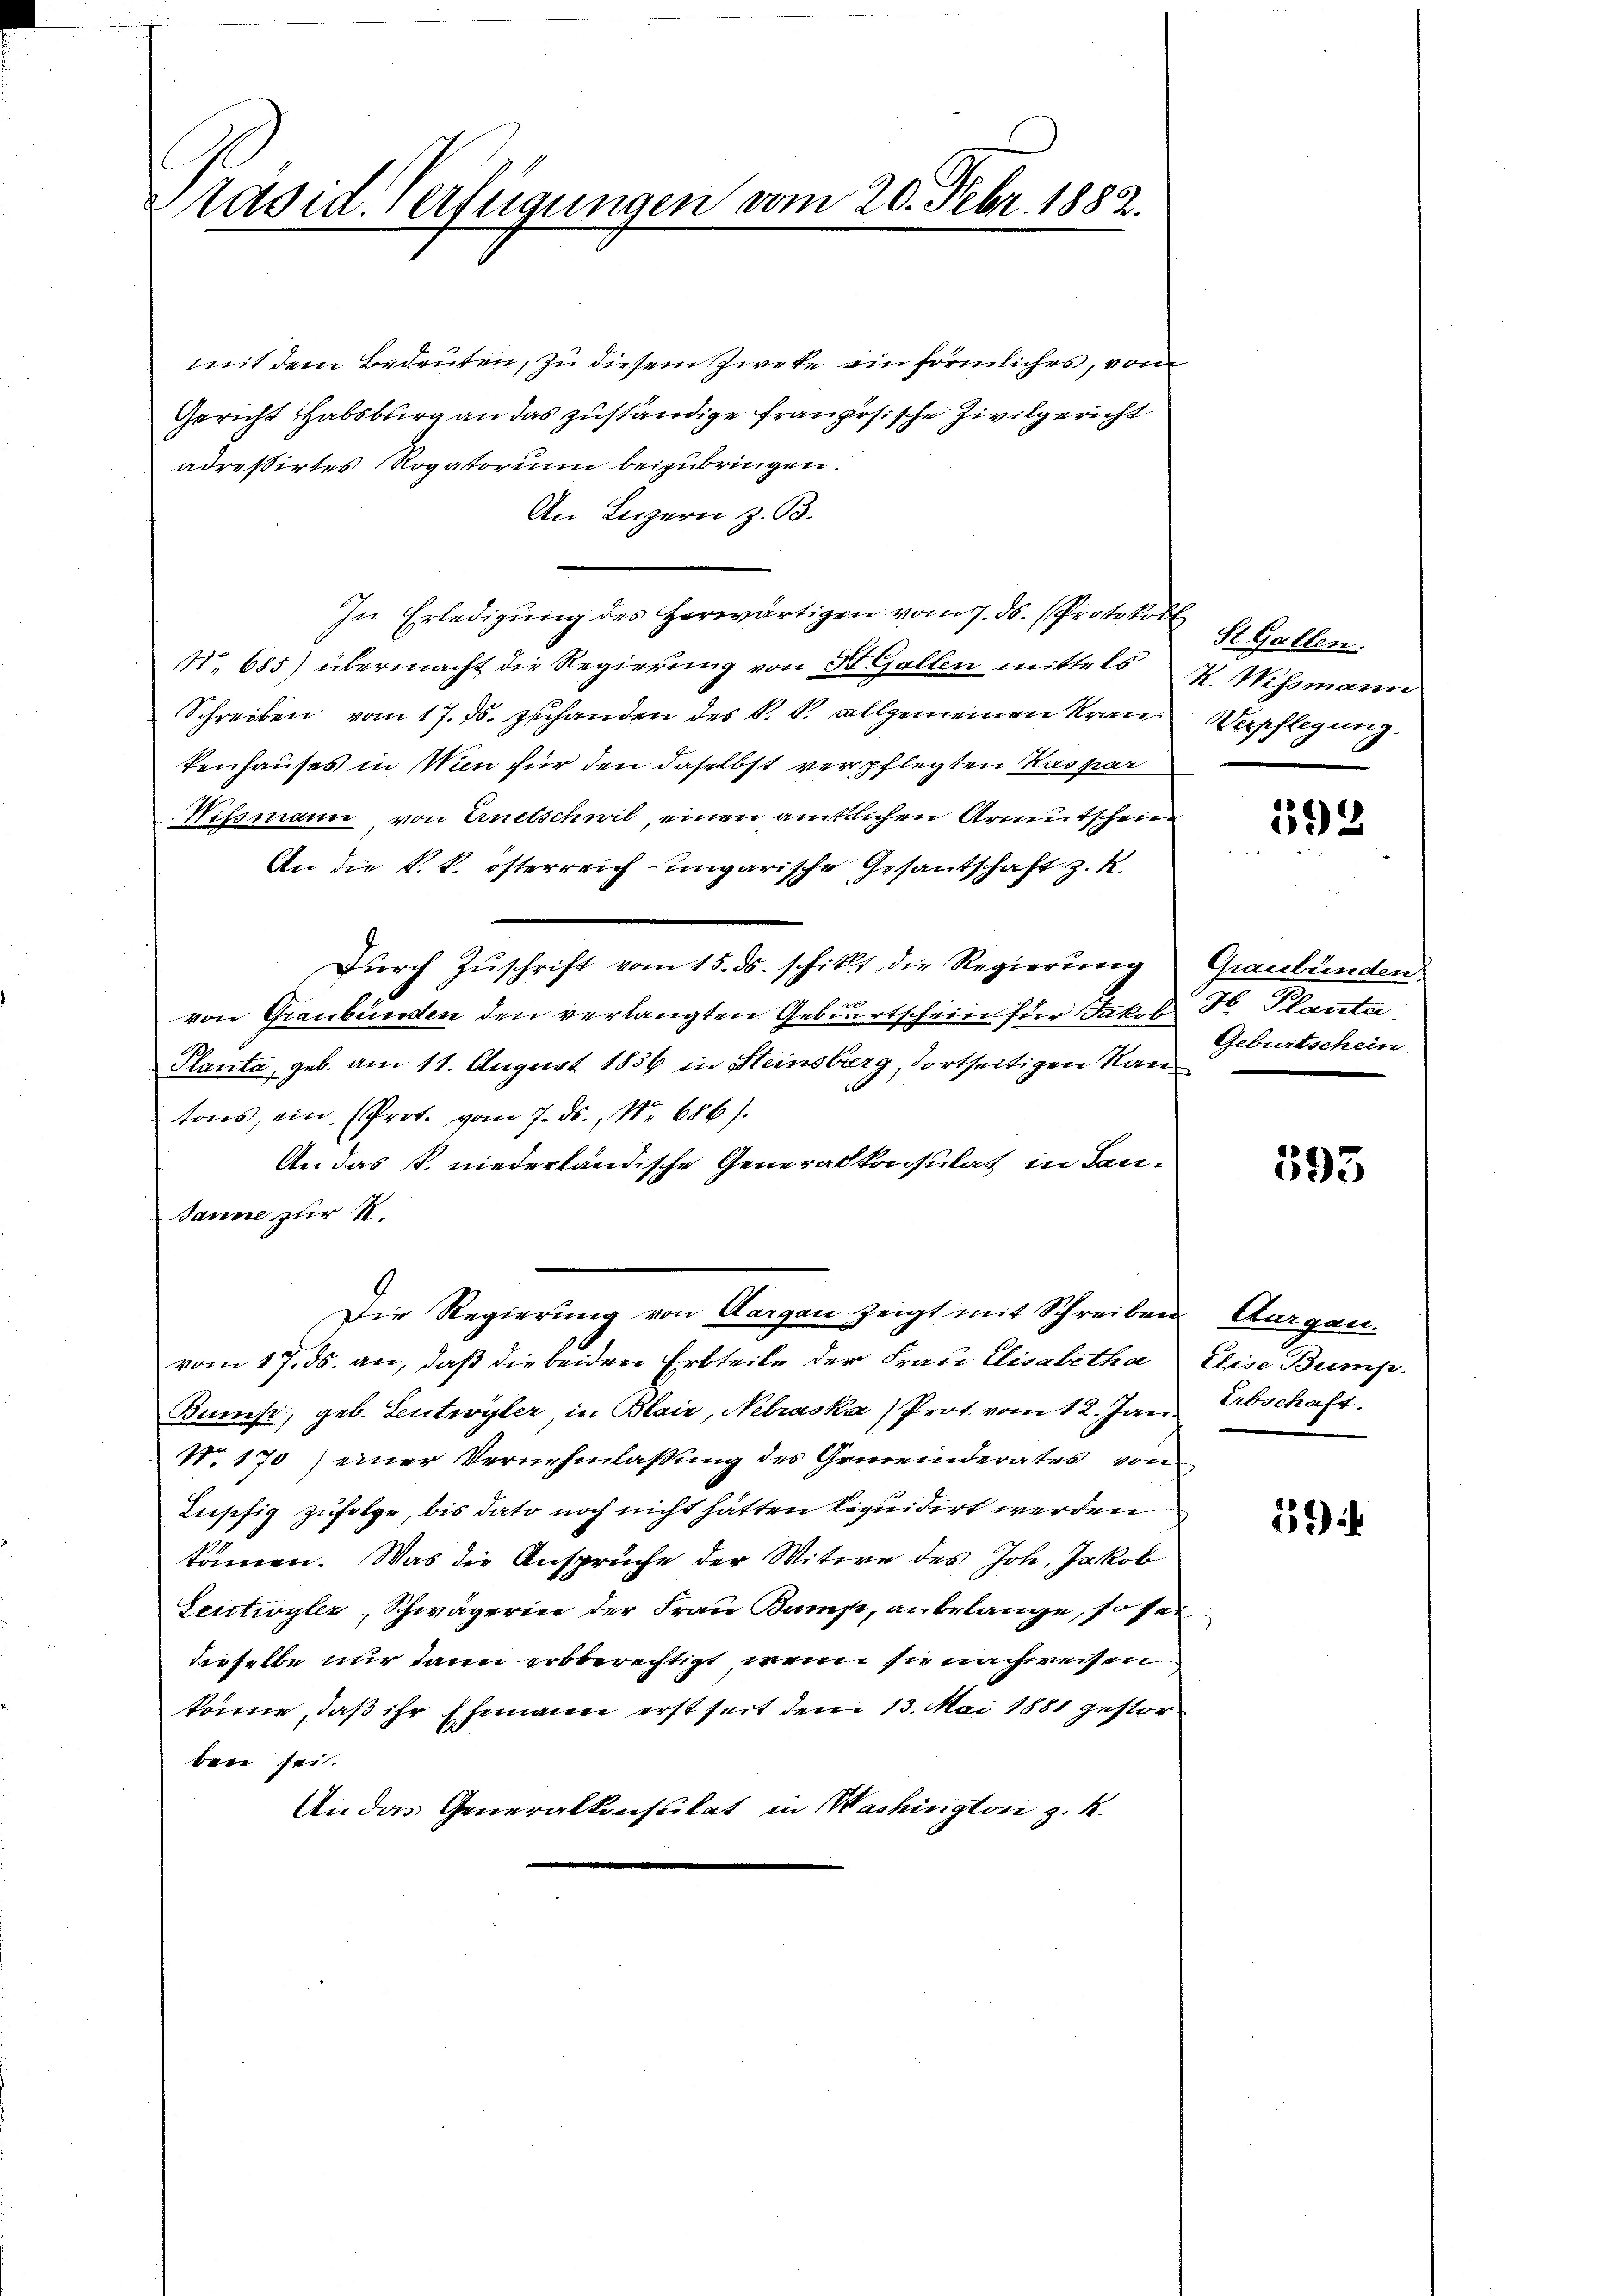
Präsid. Verfügungen vom 20. Febr. 1882.

mit dem Bedeuten, zu diesem Zweke ein förmliches, von
Gericht Habsburg an das zuständige französische Zivilgericht
adressirtes Rogatorium beizubringen.
An Luzern z. B.
In Erledigung des herwärtigen vom 7. ds. (Protokoll St. Gallen.
No. 685) übermacht die Regierung von St. Gallen mittels u. Wismann
Schreiben vom 17. ds. zuhanden des k. k. allgemeinen Krantenhauses in Wien für den daselbst verpflegten Kaspar
Nissmann von Arnetschwil, einen amtlichen Armutschein
An die k. k. österreich-ungarische Gesantschaft z. R.
Dŭrch Zŭschrift vom 15. ds. schikt die Regierung
von Graubünden den verlangten Geburtschein für Jakob Hr. Planta,
Planta, geb. am 11. August 1856 in Steinsberg, dortseitigen Rau
tons, ein (Prot. vom 7. ds., Nr. 686).
An das P. niederländische Generalkonsulat in Lan¬
Janne zur S.
Die Regierung von Aargau zeigt mit Schreiben, Aargau,
vom 17. ds. an, daß die beiden Erbteile der Frau Elisabetha Elise Bump-
Bunes, geb. Leutwyler, in Blair, Nelraska) Prot. vom 12. Jan. Abschaft
N. 170) einer Vernehmlassung des Gemeinderates von
Lupfig zufolge, bis dato noch nicht hätten liquidirt werden
können. Was die Ansprüche der Witwe des Joh. Jakob
Leietwyler, Schwägerin der Frau Bamp, anbelange, so sei
derselbe nur dann erbberechtigt, wenn sie nachweisen
könne, daß ihr Ehemann erst seit dem 13. Mai 1881 gestorben sei.
An das Generalkonsulat in Washington z. B.

Verpflegung.

592

Graubünden.
Geburtschein.

593

13) i